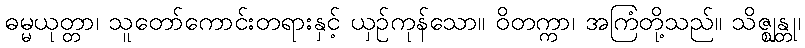
ဓမ္မယုတ္တာ၊ သူတော်ကောင်းတရားနှင့် ယှဉ်ကုန်သော။ ဝိတက္ကာ၊ အကြံတို့သည်။ သိဇ္ဈန္တု၊